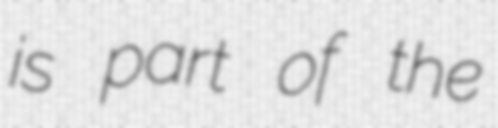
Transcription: is part of the